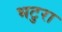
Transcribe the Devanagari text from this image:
भटुरा